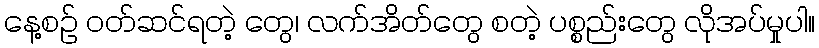
နေ့စဉ် ဝတ်ဆင်ရတဲ့ တွေ၊ လက်အိတ်တွေ စတဲ့ ပစ္စည်းတွေ လိုအပ်မှုပါ။